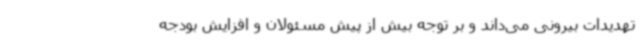
تهدیدات بیرونی می‌داند و بر توجه بیش از پیش مسئولان و افزایش بودجه‌